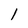
Character: 1